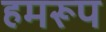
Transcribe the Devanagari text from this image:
हमरूप